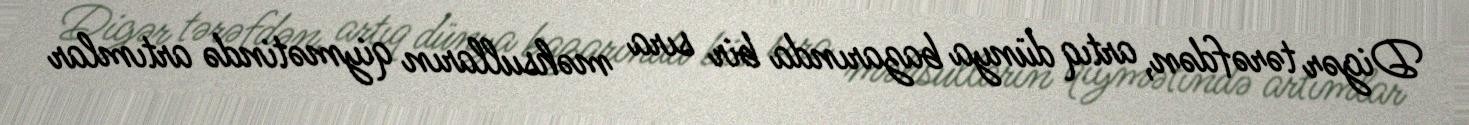
Digər tərəfdən, artıq dünya bazarında bir sıra məhsulların qiymətində artımlar